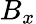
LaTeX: B_{x}